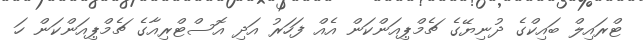
ޓްރައިލް ބައިކްގެ ދުނިޔޭގެ ޗެމްޕިއަންކަން އެއް ފަހަރު އަދި އޮސްޓްރިއާގެ ޗެމްޕިއަންކަން ހަ